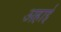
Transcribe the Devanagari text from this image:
अहाई